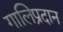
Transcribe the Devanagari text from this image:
गालिप्रदान